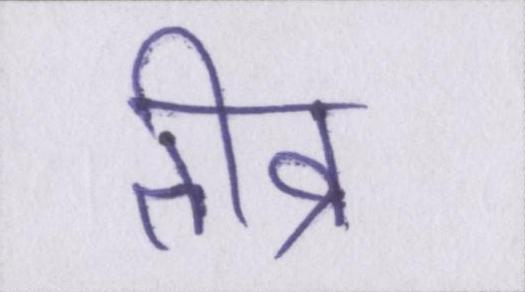
तीव्र